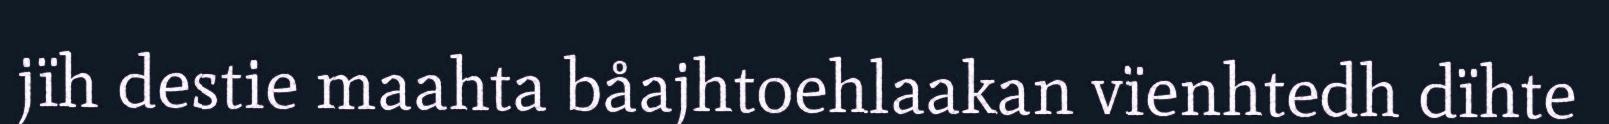
jïh destie maahta båajhtoehlaakan vïenhtedh dïhte